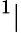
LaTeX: ^1|